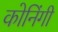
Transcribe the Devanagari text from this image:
कोनिंगी